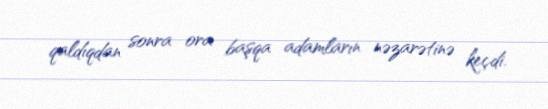
qaldıqdan sonra ora başqa adamların nəzarətinə keçdi.